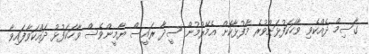
ގާސިމް ދެއްކެވި ވާހަކަފުޅަށްވުރެ މާފުޅާކޮށް އެމޭރުމުން ސީދާ ރައީސް ޔާމީންވެސް ވާހަކަފުޅު ދައްކަވާފައިވާ